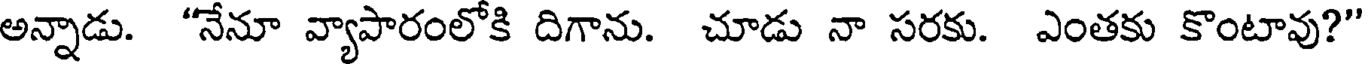
అన్నాడు. "నేనూ వ్యాపారంలోకి దిగాను. చూడు నా సరకు. ఎంతకు కొంటావు?"